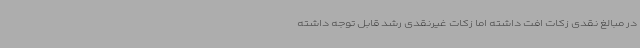
در مبالغ نقدی زکات افت داشته اما زکات غیرنقدی رشد قابل توجه داشته